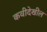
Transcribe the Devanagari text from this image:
कवीदेखील